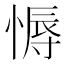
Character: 𢟹